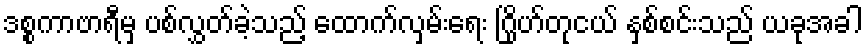
ဒစ္စကာဗာရီမှ ပစ်လွှတ်ခဲ့သည့် ထောက်လှမ်းရေး ဂြိုဟ်တုငယ် နှစ်စင်းသည် ယခုအခါ